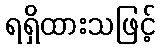
ရရှိထားသဖြင့်